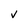
Character: V